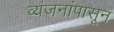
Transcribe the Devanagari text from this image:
व्यंजनांपासून